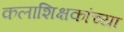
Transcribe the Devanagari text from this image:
कलाशिक्षकांच्या